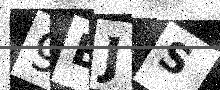
Text: 9BJS